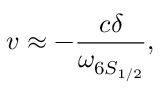
v \approx - \frac { c \delta } { \omega _ { 6 S _ { 1 / 2 } } } ,